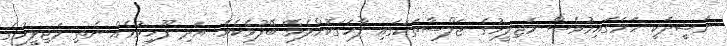
ނަޝީދަކީ ހަމަގައިމުވެސް މަޖިލީހުގެ ޖަލްސާތަކުގައި ފާހަގަކޮށްލެވޭ ބޭފުޅެކެވެ. އަދި ފޫހިވުމެެއް ނެތި މަޖިލީހުގެ